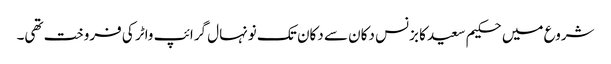
شروع میں حکیم سعید کا بزنس دکان سے دکان تک نونہال گرائپ واٹر کی فروخت تھی۔